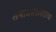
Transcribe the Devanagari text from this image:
समाजसत्तावादाच्या